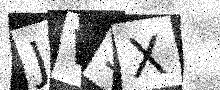
Text: JW5X